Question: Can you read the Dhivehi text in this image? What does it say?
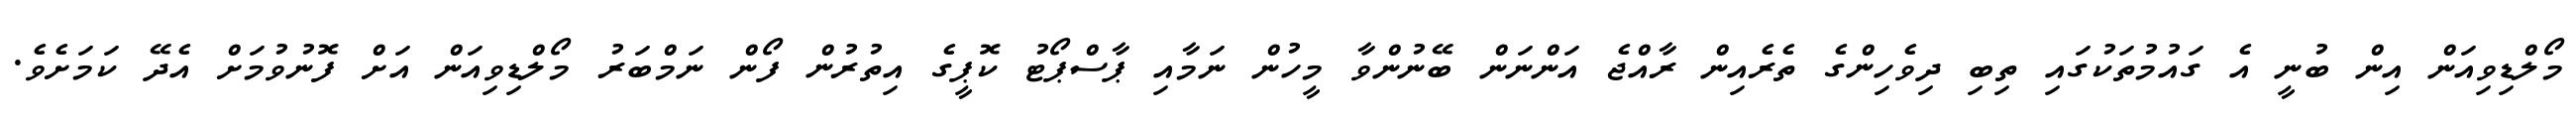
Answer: މޯލްޑިވިއަން އިން ބުނީ އެ ގައުމުތަކުގައި ތިބި ދިވެހިންގެ ތެރެއިން ރާއްޖެ އަންނަން ބޭނުންވާ މީހުން ނަމާއި ޕާސްޕޯޓު ކޮޕީގެ އިތުރުން ފޯން ނަމްބަރު މޯލްޑިވިއަން އަށް ފޮނުވުމަށް އެދޭ ކަމަށެވެ.